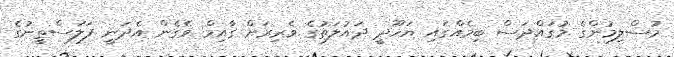
މުސްލިމުންގެ މުގައްދަސް ބިމެއްގައި ޔަހޫދީ ދައުލަތުގެ ވެރިރަށް ގާއިމް ވެގެން އެދަނީ ފަލަސްތީނުގެ